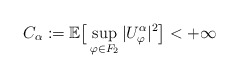
\begin{align*}C_{\alpha} := \mathbb{E}\big[\sup_{\varphi \in F_2}|U_{\varphi}^{\alpha}|^2\big] < + \infty\end{align*}